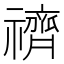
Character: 䄢